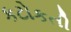
કટોકતી